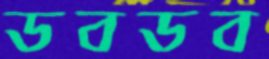
ডবডব